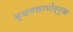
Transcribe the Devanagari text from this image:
व्यवसायोन्मुख